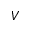
V